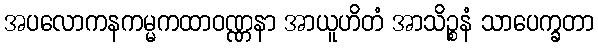
အပလောကနကမ္မကထာဝဏ္ဏနာ အာယူဟိတံ အာသိဉ္စနံ သာပေက္ခတာ